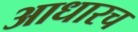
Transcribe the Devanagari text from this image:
आधारच